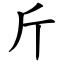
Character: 斤